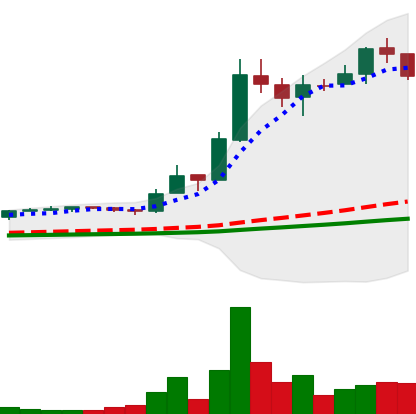
Ticker: LTC-USD
Chart end date: 2017-12-20
Forward return: -13.105%
Label: down_7plus